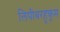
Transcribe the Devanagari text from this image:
लिपीबरहुकूम